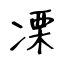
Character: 凓